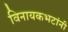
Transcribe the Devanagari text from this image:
विनायकभटांनी